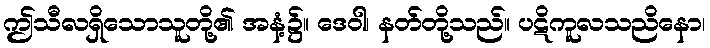
ဤသီလရှိသောသူတို့၏ အနံ့၌။ ဒေဝါ၊ နတ်တို့သည်။ ပဋိကူလသညိနော၊